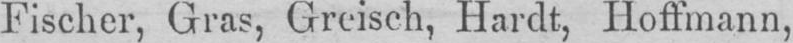
Fischer, Gras, Greisch, Hardt, Hoffmann,